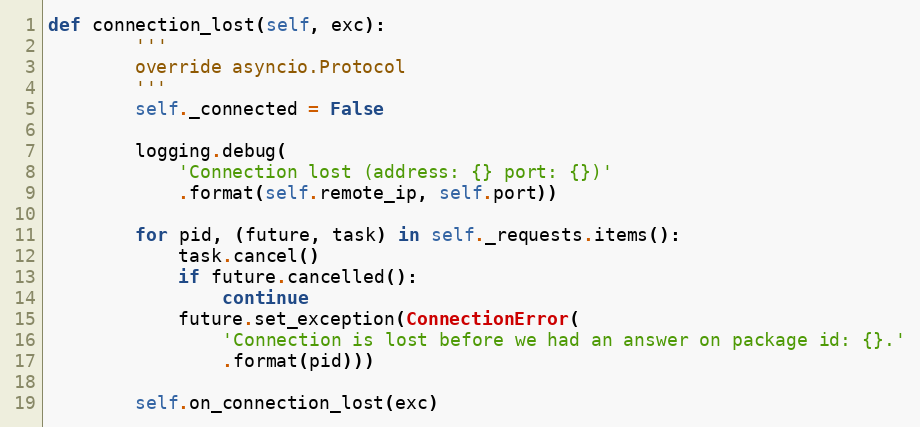
Language: Python
def connection_lost(self, exc):
        '''
        override asyncio.Protocol
        '''
        self._connected = False

        logging.debug(
            'Connection lost (address: {} port: {})'
            .format(self.remote_ip, self.port))

        for pid, (future, task) in self._requests.items():
            task.cancel()
            if future.cancelled():
                continue
            future.set_exception(ConnectionError(
                'Connection is lost before we had an answer on package id: {}.'
                .format(pid)))

        self.on_connection_lost(exc)